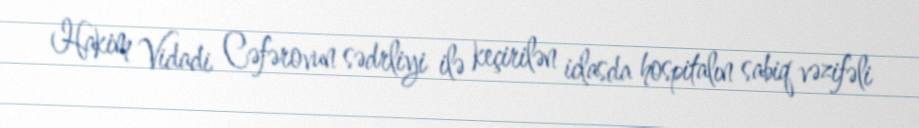
Hakim Vidadi Cəfərovun sədrliyi ilə keçirilən iclasda hospitalın sabiq vəzifəli